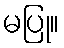
မပြု။